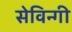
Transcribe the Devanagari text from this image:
सेविन्गी